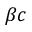
\beta c